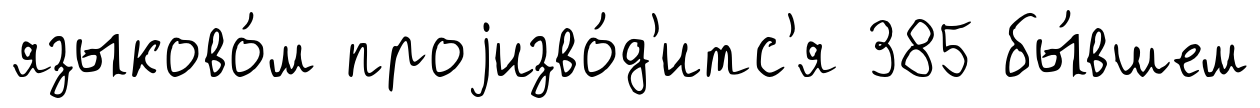
языково́м проjизво́д'итс'я 385 бы́вшем